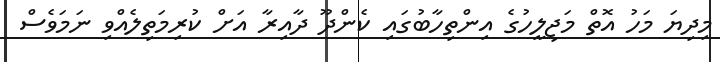
މިދިޔަ މަހު އޮތް މަޖިލީހުގެ އިންތިހާބުގައި ކެންދޫ ދާއިރާ އަށް ކުރިމަތިލެއްވި ނަމަވެސް